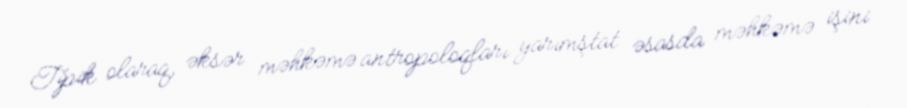
Tipik olaraq, əksər məhkəmə antropoloqları yarımştat əsasda məhkəmə işini